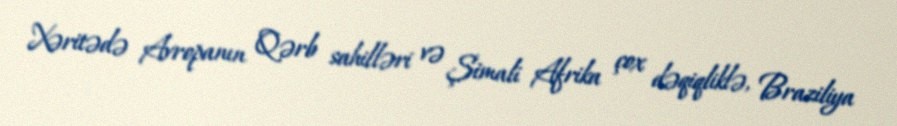
Xəritədə Avropanın Qərb sahilləri və Şimali Afrika çox dəqiqliklə, Braziliya